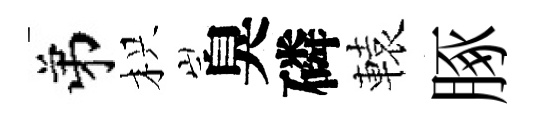
弟枳臭磷轅䐁